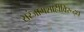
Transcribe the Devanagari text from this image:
सरंजामशाहीविरूद्ध